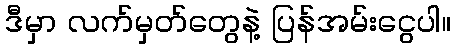
ဒီမှာ လက်မှတ်တွေနဲ့ ပြန်အမ်းငွေပါ။